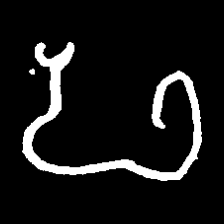
Pyu character \u2014 Myanmar letter: ဖ (romanized: pha)